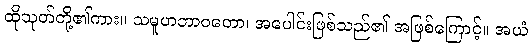
ထိုသုတ်တို့၏ကား။ သမူဟဘာဝတော၊ အပေါင်းဖြစ်သည်၏ အဖြစ်ကြောင့်။ အယံ